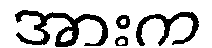
အားက